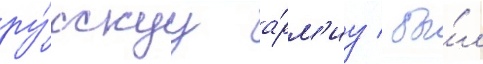
ру́сскуу а́рм'иу / бы́л